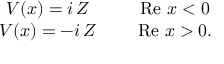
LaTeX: \begin{array} { c c } { { V ( x ) = i \, Z } } & { { \ \ \ \ \mathrm { R e } \ x < 0 } } \\ { { V ( x ) = - i \, Z } } & { { \ \ \ \ \mathrm { R e } \ x > 0 . } } \end{array}